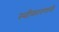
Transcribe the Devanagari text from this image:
स्वीकारणारी